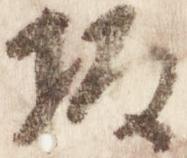
坂